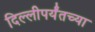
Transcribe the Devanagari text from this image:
दिल्लीपर्यंतच्या